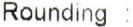
ROUNDING :